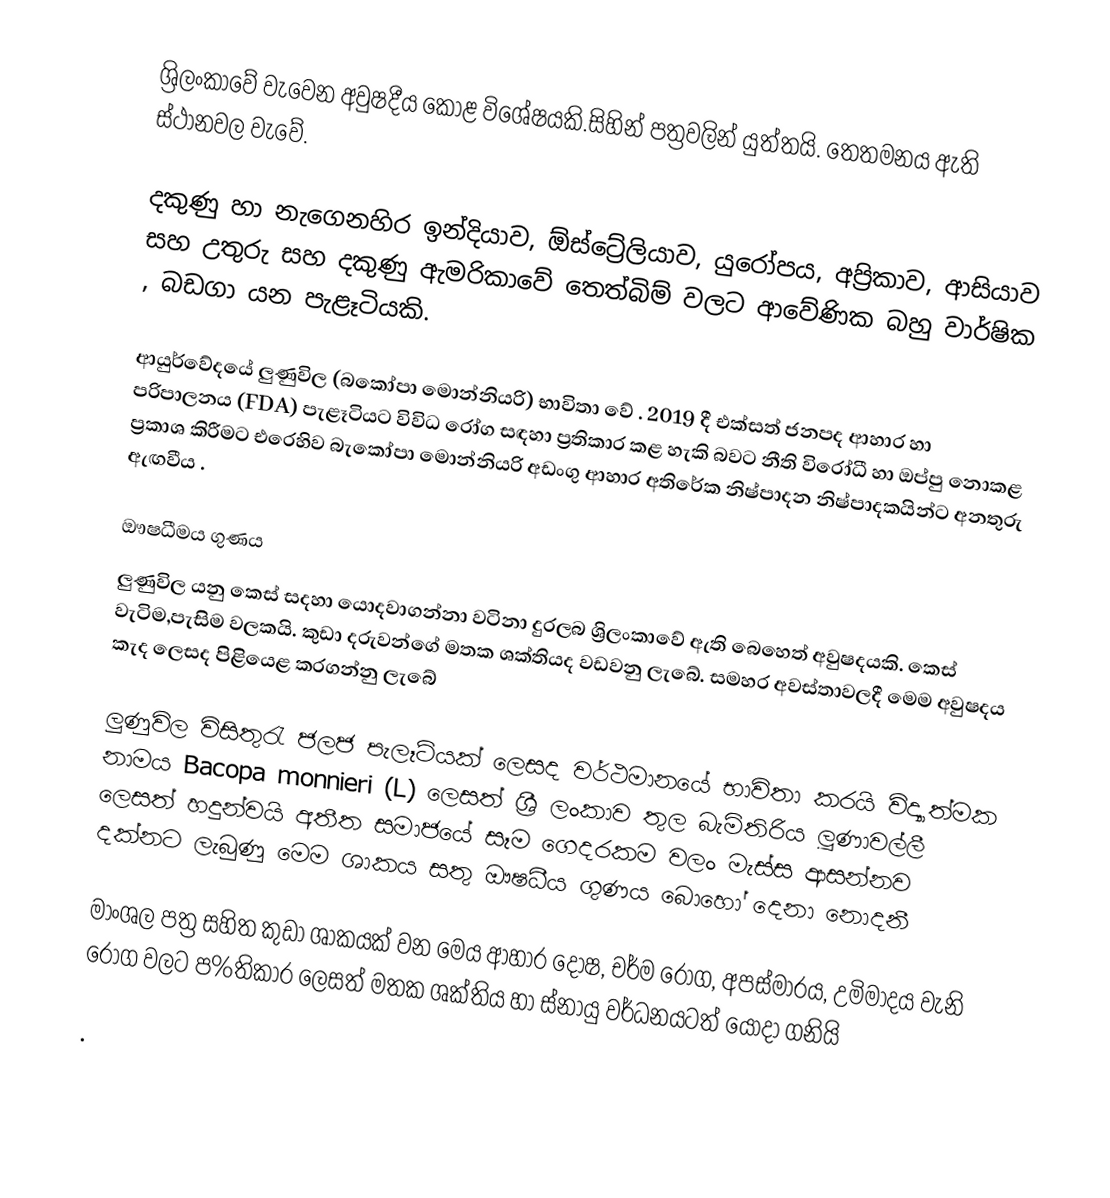
ශ්‍රිලංකාවේ වැවෙන අවුෂදීය කොළ විශේෂයකි.සිහින් පත්‍රවලින් යුත්තයි. තෙතමනය ඇති ස්ථානවල වැවේ.

දකුණු හා නැගෙනහිර ඉන්දියාව, ඕස්ට්‍රේලියාව, යුරෝපය, අප්‍රිකාව, ආසියාව සහ උතුරු සහ දකුණු ඇමරිකාවේ තෙත්බිම් වලට ආවේණික බහු වාර්ෂික , බඩගා යන පැළෑටියකි.

ආයුර්වේදයේ ලුණුවිල (බකෝපා මොන්නියරි) භාවිතා වේ . 2019 දී එක්සත් ජනපද ආහාර හා පරිපාලනය (FDA) පැළෑටියට විවිධ රෝග සඳහා ප්‍රතිකාර කළ හැකි බවට නීති විරෝධී හා ඔප්පු නොකළ ප්‍රකාශ කිරීමට එරෙහිව බැකෝපා මොන්නියරි අඩංගු ආහාර අතිරේක නිෂ්පාදන නිෂ්පාදකයින්ට අනතුරු ඇඟවීය .

ඖෂධීමය ගුණය
ලුණුවිල යනු කෙස් සදහා යොදවාගන්නා වටිනා දුරලබ ශ්‍රිලංකාවේ  ඇති බෙහෙත් අවුෂදයකි. කෙස් වැටිම,පැසිම වලකයි. කුඩා දරුවන්ගේ  මතක ශක්තියද වඩවනු ලැබේ. සමහර අවස්තාවලදී මෙම අවුෂදය කැද ලෙසද පිළියෙළ කරගන්නු ලැබේ

ලුණුවිල විසිතුරැ ජලජ පැලෑටියක් ලෙසද වර්ථමානයේ භාවිතා කරයි විද්‍යාත්මක නාමය Bacopa monnieri (L) ලෙසත් ශ්‍රී ලංකාව තුල බැමිතිරිය ලූණාවල්ලී ලෙසත් හදුන්වයි අතීත සමාජයේ සෑම ගෙදරකම වලං මැස්ස ආසන්නව දක්නට ලැබුණු මෙම ශාකය සතු ඖෂධීය ගුණය බොහෝ දෙනා නොදනී

මාංශල පත්‍ර සහිත කුඩා ශාකයක් වන මෙය ආහාර දෝෂ, චර්ම රෝග, අපස්මාරය, උමිමාදය වැනි රෝග වලට ප%තිකාර ලෙසත් මතක ශක්තිය හා ස්නායු වර්ධනයටත් යොදා ගනියි

.